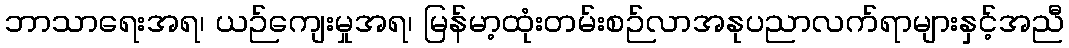
ဘာသာရေးအရ၊ ယဉ်ကျေးမှုအရ၊ မြန်မာ့ထုံးတမ်းစဉ်လာအနုပညာလက်ရာများနှင့်အညီ